Civil Veterinary Department. Central Provinces & Berar 1932-41 - 1932-1941
Year: 1932
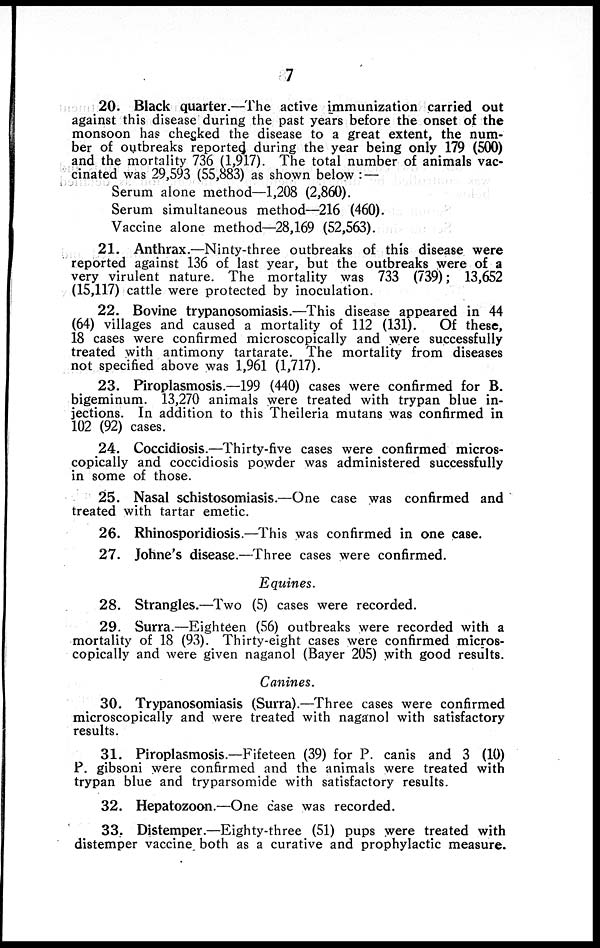
7
20. Black quarter.—The active immunization carried out
against this disease during the past years before the onset of the
monsoon has checked the disease to a great extent, the num-
ber of outbreaks reported during the year being only 179 (500)
and the mortality 736 (1,917). The total number of animals vac-
cinated was 29,593 (55,883) as shown below :—
Serum alone method—1,208 (2,860).
Serum simultaneous method—216 (460).
Vaccine alone method—28,169 (52,563).
21. Anthrax.—Ninty-three outbreaks of this disease were
reported against 136 of last year, but the outbreaks were of a
very virulent nature. The mortality was 733 (739); 13,652
(15,117) cattle were protected by inoculation.
22. Bovine trypanosomiasis.—This disease appeared in 44
(64) villages and caused a mortality of 112 (131). Of these,
18 cases were confirmed microscopically and were successfully
treated with antimony tartarate. The mortality from diseases
not specified above was 1,961 (1,717).
23. Piroplasmosis.—199 (440) cases were confirmed for B.
bigeminum. 13,270 animals were treated with trypan blue in-
jections. In addition to this Theileria mutans was confirmed in
102 (92) cases.
24. Coccidiosis.—Thirty-five cases were confirmed micros-
copically and coccidiosis powder was administered successfully
in some of those.
25. Nasal schistosomiasis.—One case was confirmed and
treated with tartar emetic.
26. Rhinosporidiosis.—This was confirmed in one case.
27. Johne's disease.—Three cases were confirmed.
Equines.
28. Strangles.—Two (5) cases were recorded.
29. Surra.—Eighteen (56) outbreaks were recorded with a
mortality of 18 (93). Thirty-eight cases were confirmed micros-
copically and were given naganol (Bayer 205) with good results.
Canines.
30. Trypanosomiasis (Surra).—Three cases were confirmed
microscopically and were treated with naganol with satisfactory
results.
31. Piroplasmosis.—Fifeteen (39) for P. canis and 3 (10)
P. gibsoni were confirmed and the animals were treated with
trypan blue and tryparsomide with satisfactory results.
32. Hepatozoon.—One case was recorded.
33. Distemper.—Eighty-three (51) pups were treated with
distemper vaccine both as a curative and prophylactic measure.